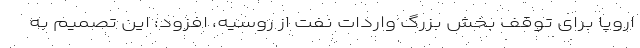
اروپا برای توقف بخش بزرگ واردات نفت از روسیه، افزود: این تصمیم به